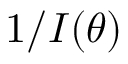
1 / I ( \theta )